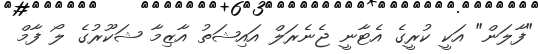
"ފާލަން" އަކީ ކުރީގެ އެޓާނީ ޖެނެރަލް އައިޝަތު އާޒިމާ ޝަކޫރުގެ ލޯ ފާމް